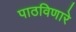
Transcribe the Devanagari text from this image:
पाठविणारे